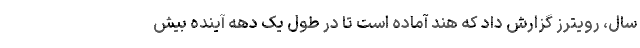
سال، رویترز گزارش داد که هند آماده است تا در طول یک دهه آینده بیش